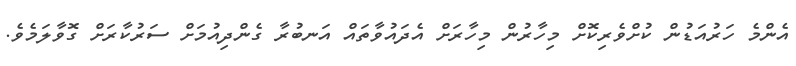
އެންމެ ހަރުއަޑުން ކުށްވެރިކޮށް މިހާރުން މިހާރަށް އެދައުވާތައް އަނބުރާ ގެންދިއުމަށް ސަރުކާރަށް ގޮވާލަމެވެ.